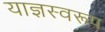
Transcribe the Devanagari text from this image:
याज्ञस्वरूप